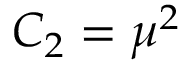
C _ { 2 } = \mu ^ { 2 }